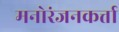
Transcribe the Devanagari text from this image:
मनोरंजनकर्त्ता